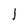
Character: 1